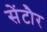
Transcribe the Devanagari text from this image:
सेंटौर